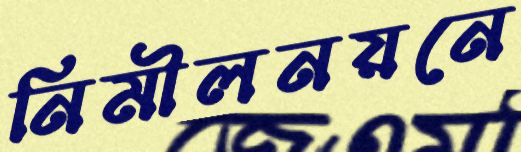
নিমীলনয়নে